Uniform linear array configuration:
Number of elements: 48
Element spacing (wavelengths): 0.5
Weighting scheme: hann
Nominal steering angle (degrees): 30
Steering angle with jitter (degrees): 28.314
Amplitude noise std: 0.05
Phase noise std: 0.05

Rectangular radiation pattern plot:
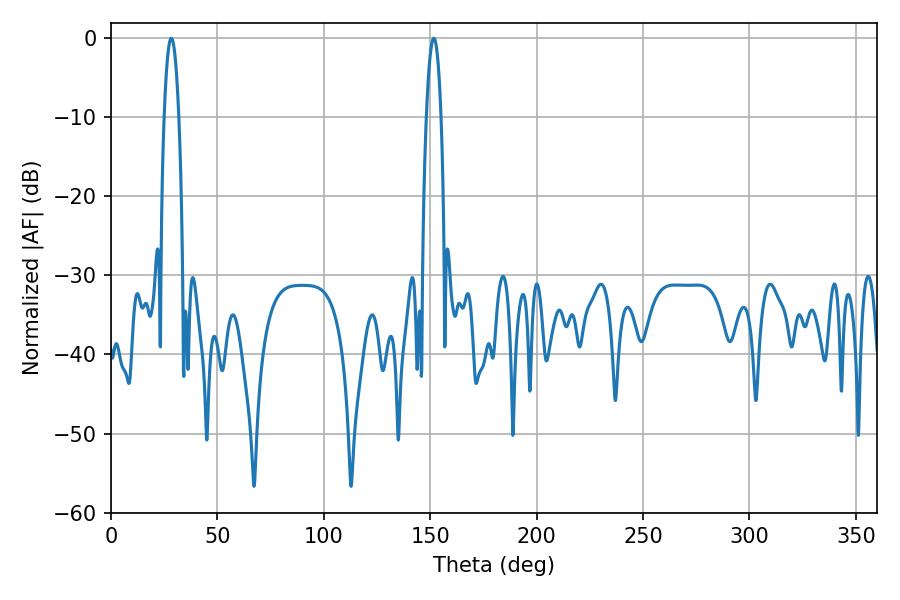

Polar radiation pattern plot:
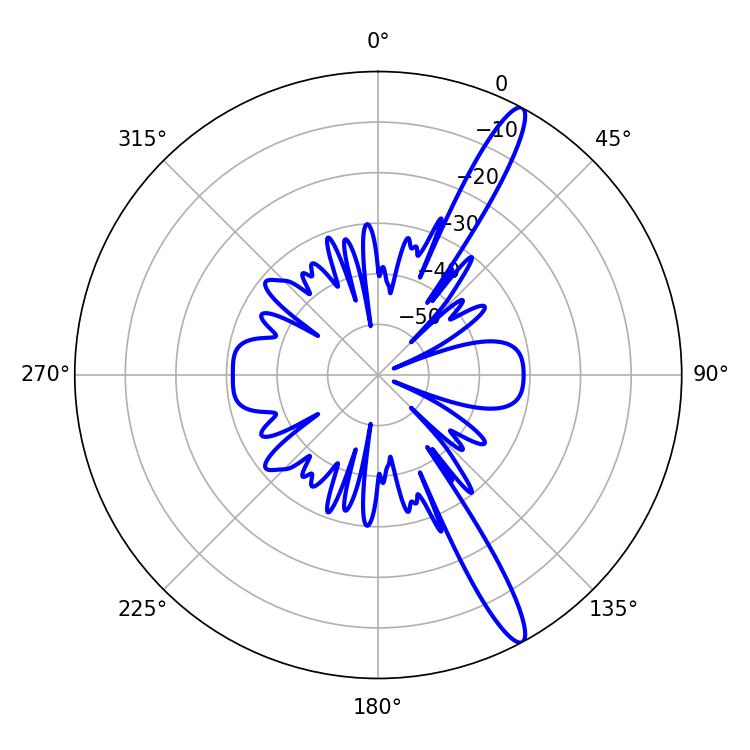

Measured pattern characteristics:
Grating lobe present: FALSE
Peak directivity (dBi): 14.664
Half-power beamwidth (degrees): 3.78
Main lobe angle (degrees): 151.74